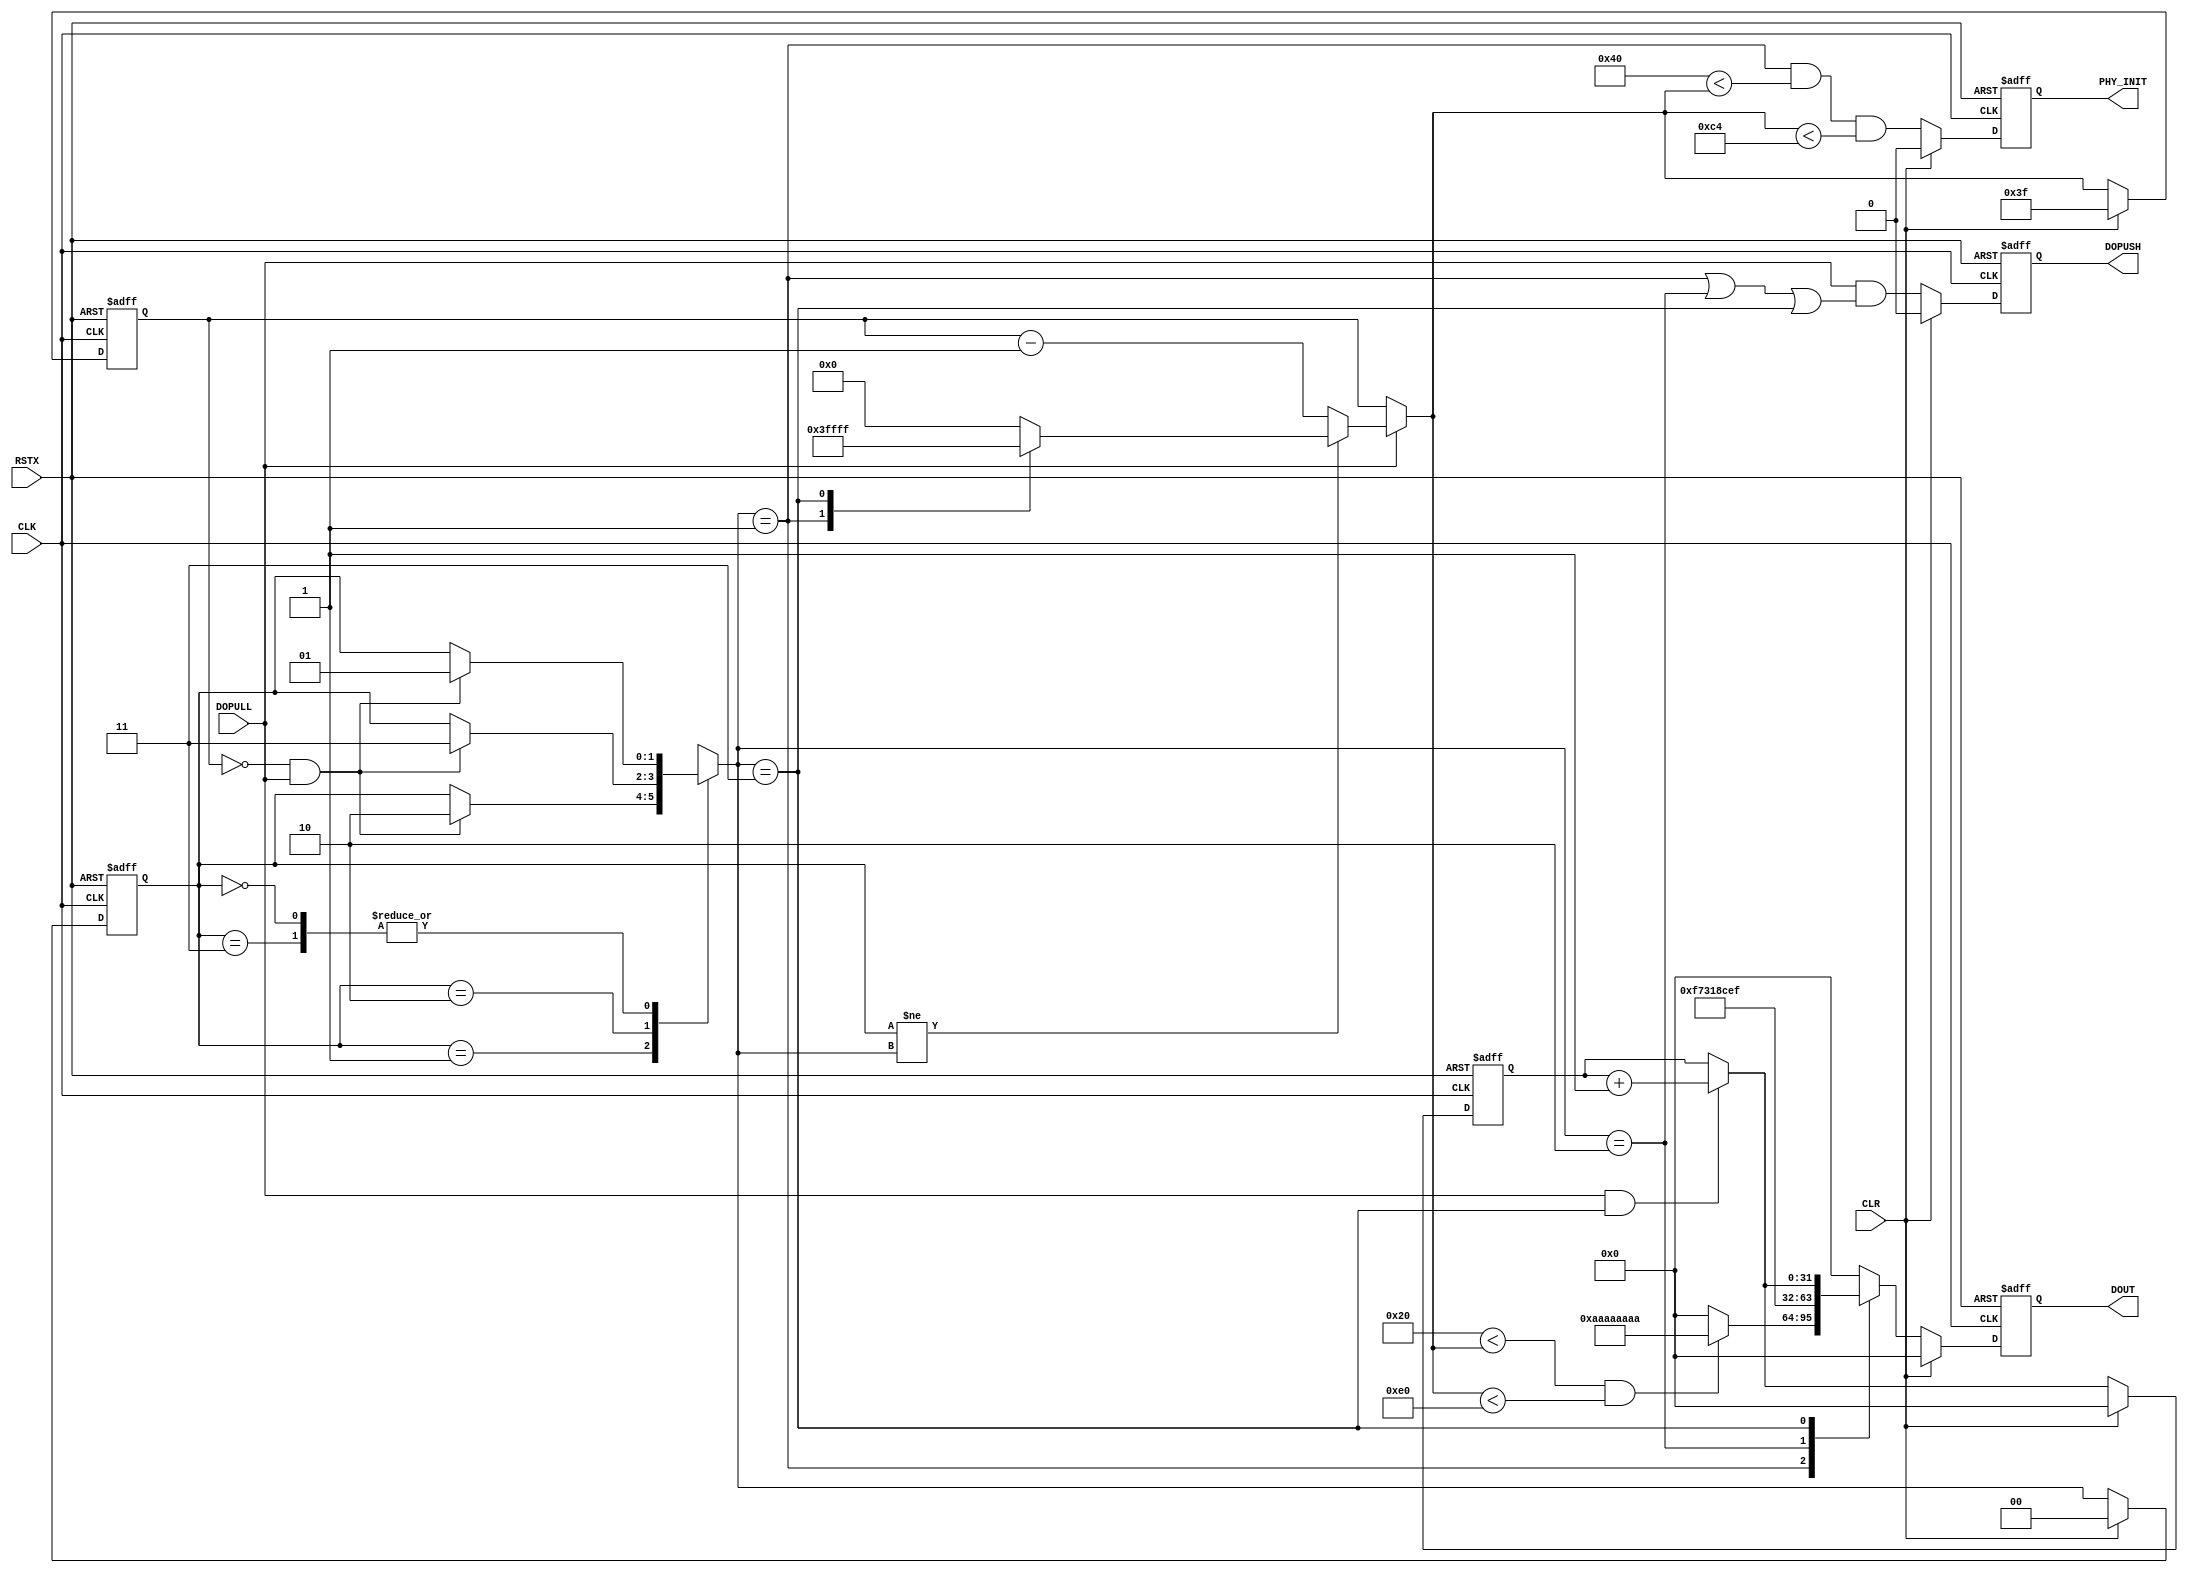
module parallel_send (
 input             CLK,
 input             RSTX,
 input             DOPULL,
 input             CLR,

 output reg        DOPUSH,
 output reg        PHY_INIT,
 output reg [31:0] DOUT
);

localparam INIT          = 2'd0,
           DELAY_ADJUST  = 2'd1,
           WORD_ALIGN    = 2'd2,
           DATA_TRANSFER = 2'd3;

reg [9:0] cnt;
reg [1:0] state, state_next;

always @(posedge CLK or negedge RSTX)
  if (!RSTX)    state <= INIT;
  else if (CLR) state <= INIT;
  else          state <= state_next;
always @*
  case (state)
  INIT:
    if (cnt == 0 && DOPULL) state_next = DELAY_ADJUST;
    else                    state_next = state;
  DELAY_ADJUST:
    if (cnt == 0 && DOPULL) state_next = WORD_ALIGN;
    else                    state_next = state;
  WORD_ALIGN:
    if (cnt == 0 && DOPULL) state_next = DATA_TRANSFER;
    else                    state_next = state;
  DATA_TRANSFER:
    if (cnt == 0 && DOPULL) state_next = DELAY_ADJUST;
    else                    state_next = state;
  endcase

always @(posedge CLK or negedge RSTX)
  if (!RSTX)    DOPUSH <= 1'b0;
  else if (CLR) DOPUSH <= 1'b0;
  else          DOPUSH <= DOPULL
                       && (  state_next == DELAY_ADJUST
                          || state_next == WORD_ALIGN
                          || state_next == DATA_TRANSFER );

reg [9:0] cnt_next;
always @*
  if (!DOPULL)      cnt_next = cnt;
  else if (state != state_next)
    case (state_next)
    DELAY_ADJUST  : cnt_next =  10'd255;
    WORD_ALIGN    : cnt_next =    10'd0;
    DATA_TRANSFER : cnt_next = 10'd1023;
    default       : cnt_next =    10'd0;
    endcase
  else              cnt_next = cnt - 10'd1;

always @(posedge CLK or negedge RSTX)
  if (!RSTX)        cnt <= 10'd63;
  else if (CLR)     cnt <= 10'd63;
  else              cnt <= cnt_next;

always @(posedge CLK or negedge RSTX)
  if (!RSTX)    PHY_INIT <= 1'b0;
  else if (CLR) PHY_INIT <= 1'b0;
  else          PHY_INIT <= state_next == DELAY_ADJUST
                         && 10'd64 < cnt_next
                         && cnt_next < 10'd196;

reg [31:0] test_data;
wire [31:0] test_data_next = DOPULL && state_next == DATA_TRANSFER
                           ? test_data + 32'd1
                           : test_data;
always @(posedge CLK or negedge RSTX)
  if (!RSTX)    test_data <= 32'd0;
  else if (CLR) test_data <= 32'd0;
  else          test_data <= test_data_next;

always @(posedge CLK or negedge RSTX)
  if (!RSTX)       DOUT <= 32'd0;
  else if (CLR)    DOUT <= 32'd0;
  else
    case (state_next)
    DELAY_ADJUST :
      if (10'd32 < cnt_next && cnt_next < 10'd224)
                   DOUT <=  32'hAAAA_AAAA;
      else         DOUT <=          32'd0;
    WORD_ALIGN   : DOUT <=  32'hF731_8CEF;
    DATA_TRANSFER: DOUT <= test_data_next;
    default      : DOUT <=          32'd0;
    endcase

endmodule